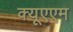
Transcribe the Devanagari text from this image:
क्यूएएम